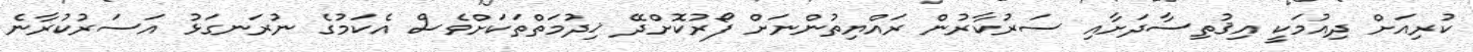
ކުރިއަށް ދިއުމަކީ އިޤުތިސާދަށާއި ސަރުކާރުން ރައްޔިތުންނަށް ފޯރުކޮށްދޭ ޚިދުމަތްތަކަށްވެސް އެކަމުގެ ނުރަނގަޅު އަސަރުކުރާނެ